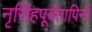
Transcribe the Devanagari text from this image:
नृसिंहपूर्वतापिनी